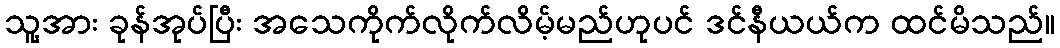
သူ့အား ခုန်အုပ်ပြီး အသေကိုက်လိုက်လိမ့်မည်ဟုပင် ဒင်နီယယ်က ထင်မိသည်။